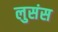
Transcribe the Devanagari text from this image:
लुसंस